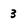
Character: 3